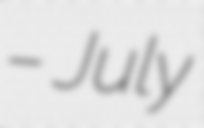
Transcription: – July